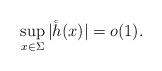
LaTeX: \begin{align*} \sup_{x \in \Sigma} |\mathring h (x)| = o (1).\end{align*}